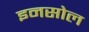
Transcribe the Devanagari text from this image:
इनसोल